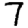
Digit: 7